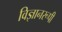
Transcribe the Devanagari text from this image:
विज्ञानरूपी